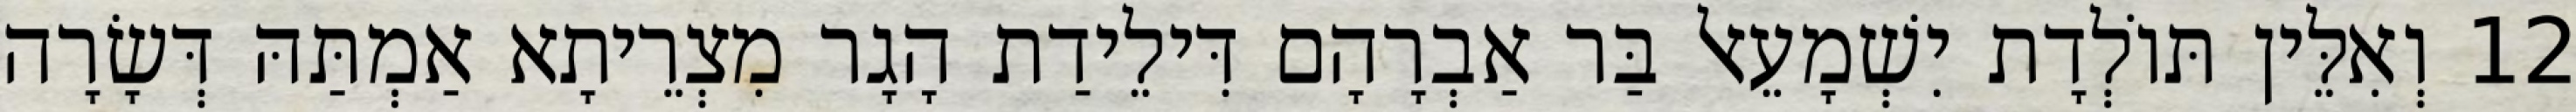
12 וְאִלֵּין תּוֹלְדָת יִשְׁמָעֵאל בַּר אַבְרָהָם דִּילֵידַת הָגָר מִצְרֵיתָא אַמְתַּהּ דְּשָׂרָה